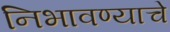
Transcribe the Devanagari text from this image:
निभावण्याचे